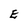
Character: E